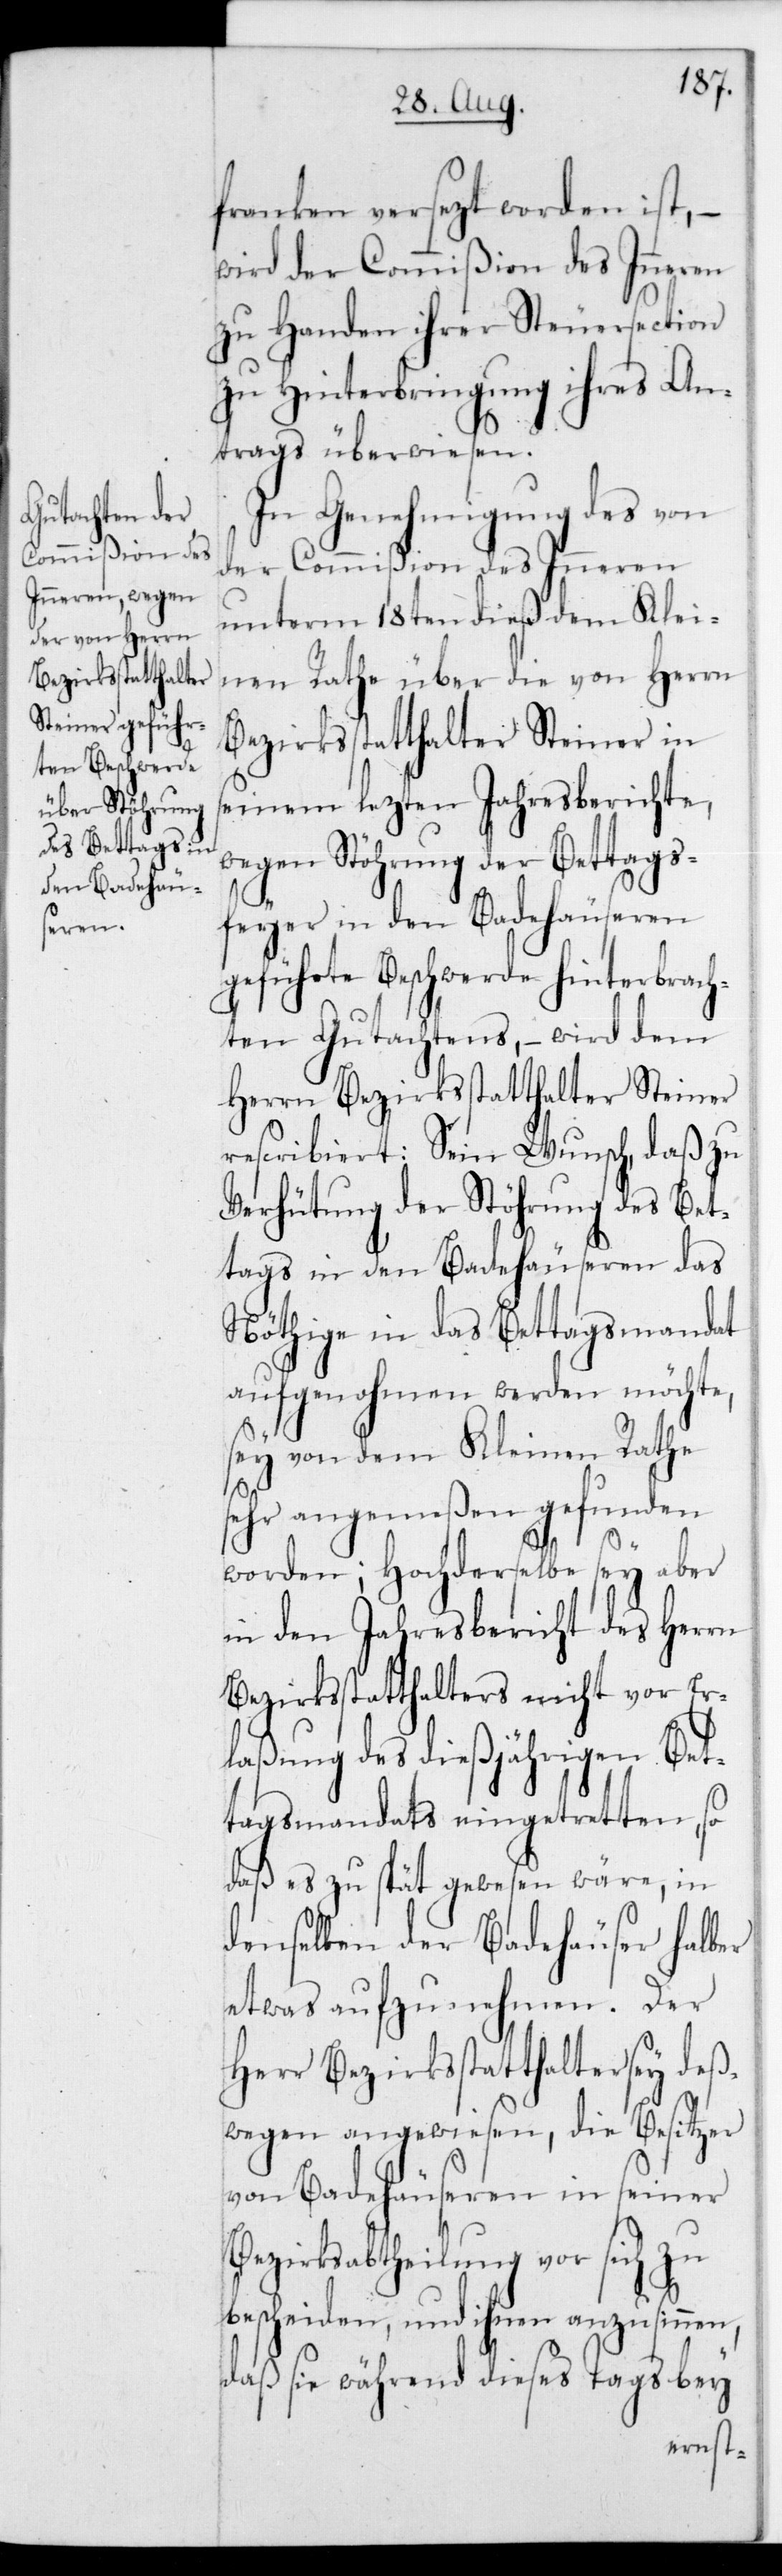
franken versezt worden ist, –
wird der Commißion des Inneren
zu Handen ihrer Steuersection
zu Hinterbringung ihres An¬
trags überwiesen.
In Genehmigung des von
der Commißion des Inneren
unterm 18ten dieß dem Klei¬
nen Rathe über die von Herrn
Bezirksstatthalter Steiner in
seinem lezten Jahresberichte,
wegen Störung der Bettags¬
feyer in den Badehäuseren
geführte Beschwerde hinterbrach¬
ten Gutachtens, – wird dem
Herrn Bezirksstatthalter Steiner
rescribiert: Sein Wunsch, daß zu
Verhütung der Störung des Bet¬
tags in den Badehäuseren das
Nöthige in das Bettagsmandat
aufgenohmen werden möchte,
sey von dem Kleinen Rathe
sehr angemeßen gefunden
worden; Hochderselbe sey aber
in den Jahresbericht des Herrn
Bezirksstatthalter nicht vor Er¬
laßung des dießjährigen Bet¬
tagsmandats eingetretten, so
daß es zu spät gewesen wäre, in
denselben der Badehäuser halber
etwas aufzunehmen. Der
Herr Bezirksstatthalter sey deß¬
wegen angewiesen, die Besitzer
von Badehäuseren in seiner
Bezirksabtheilung vor sich zu
bescheiden, und ihnen anzusinnen,
daß sie während dieses Tags bey